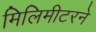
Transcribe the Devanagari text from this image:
मिलिमीटरने